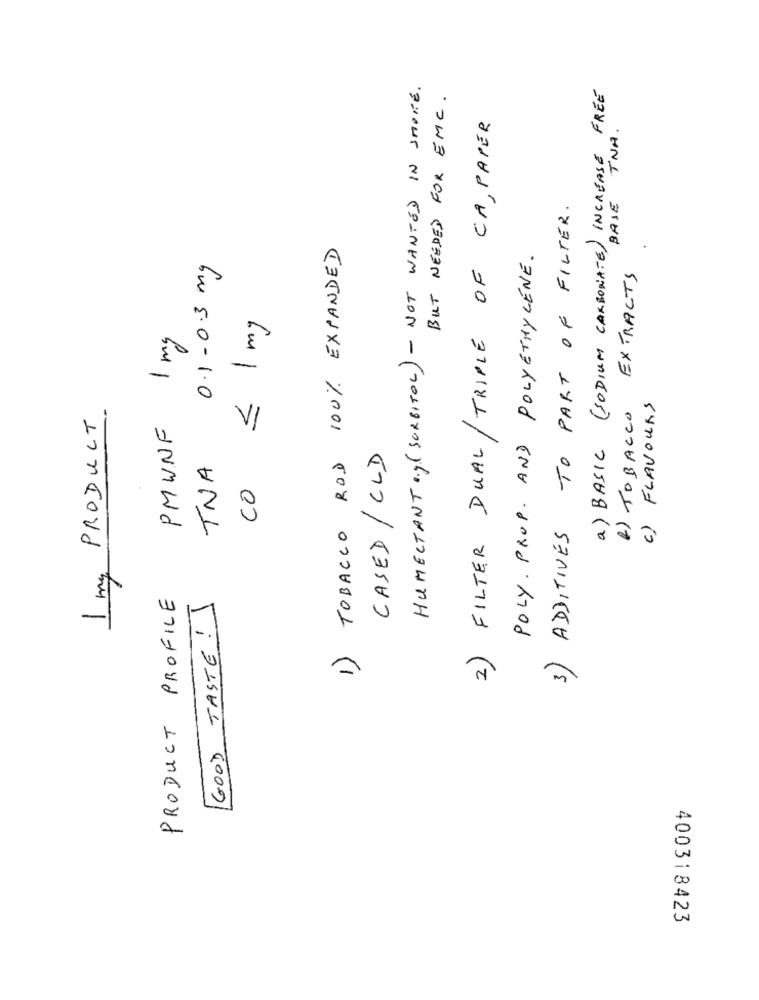
HUMECTANT .... (SORBITOL) - NOT WANTED IN SMOKE.
a) BASIC (SODIUM CARBONATE) INCREASE FREE
BUT NEEDED FOR EMC.
2) FILTER DUAL/TRIPLE OF CA, PAPER
TNA.
BASE
3) ADDITIVES TO PART OF FILTER.
TOBACCO ROD 100% EXPANDED
POLY . PROP. AND POLYETHYLENE.
0.1-0.3 mg
EXTRACTS
< 1 mg
PMWNF 1 mg
1) TOBACCO
c) FLAVOURS
PRODUCT
CASED / CLD
TNA
Co
1 mg
PRODUCT PROFILE
GOOD TASTE ! \
1)
400318423